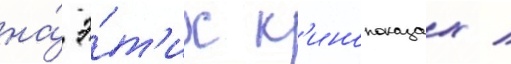
на́ э́т'их к'инопоказах /